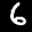
Digit: 6